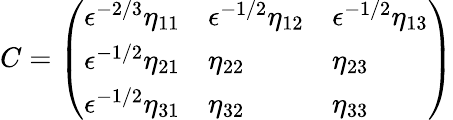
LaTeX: C=\left(\begin{array}{lll}{\epsilon^{-2/3}\eta_{11}}&{\epsilon^{-1/2}\eta_{12}}&{\epsilon^{-1/2}\eta_{13}}\\ {\epsilon^{-1/2}\eta_{21}}&{\eta_{22}}&{\eta_{23}}\\ {\epsilon^{-1/2}\eta_{31}}&{\eta_{32}}&{\eta_{33}}\end{array}\right)